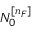
N _ { 0 } ^ { [ n _ { F } ] }